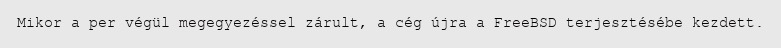
Mikor a per végül megegyezéssel zárult, a cég újra a FreeBSD terjesztésébe kezdett.